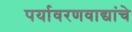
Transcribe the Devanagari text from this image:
पर्यावरणवाद्यांचे